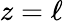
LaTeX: z=\ell